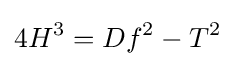
4H^{3}=Df^{2}-T^{2}